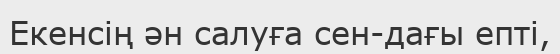
Екенсің ән салуға сен-дағы епті,